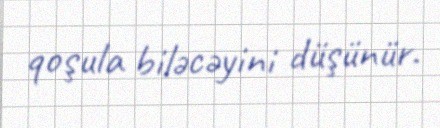
qoşula biləcəyini düşünür.